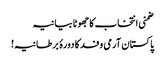
ضمنی انتخاب کاجھوٹا بیانیہ
پاکستان آرمی وفد کا دورۂ برطانیہ!